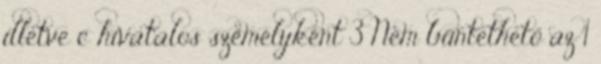
illetve c hivatalos személyként 3 Nem büntethető az 1